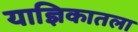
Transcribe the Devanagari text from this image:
याज्ञिकातला